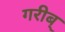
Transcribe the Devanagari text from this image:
गरीब्